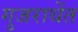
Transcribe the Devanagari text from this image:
गुजराथेंत